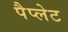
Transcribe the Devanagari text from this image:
पैप्लेट